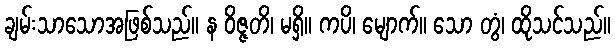
ချမ်းသာသောအဖြစ်သည်။ န ဝိဇ္ဇတိ၊ မရှိ။ ကပိ၊ မျောက်။ သော တွံ၊ ထိုသင်သည်။